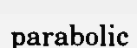
parabolic